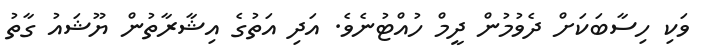
ވަކި ހިސާބަކަށް ދެވުމުން ދީމް ހުއްޓުނެވެ. އަދި އަތުގެ އިޝާރާތުން ޔޫޝައު ގާތު